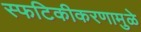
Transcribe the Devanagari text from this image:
स्फटिकीकरणामुळे